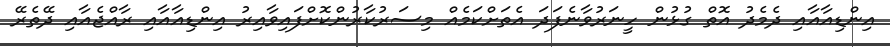
އިންޑިއާއާއި ދެމެދު އޮތް ގުޅުން ހީނަރުވާނެފަދަ އެތަށްކަމެއް މިސަރުކާރުންކޮށްފައިވާއިރު އިންޑިއާއާއި ރާއްޖެއާއި ދޭތެރޭ